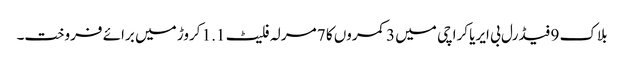
بلاک 9 فیڈرل بی ایریا کراچی میں 3 کمروں کا 7 مرلہ فلیٹ 1.1 کروڑ میں برائے فروخت۔